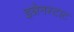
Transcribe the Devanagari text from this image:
इन्नेनस्टाट